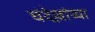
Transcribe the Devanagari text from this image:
चंदेल्लांच्या